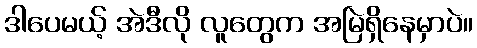
ဒါပေမယ့် အဲဒီလို လူတွေက အမြဲရှိနေမှာပဲ။